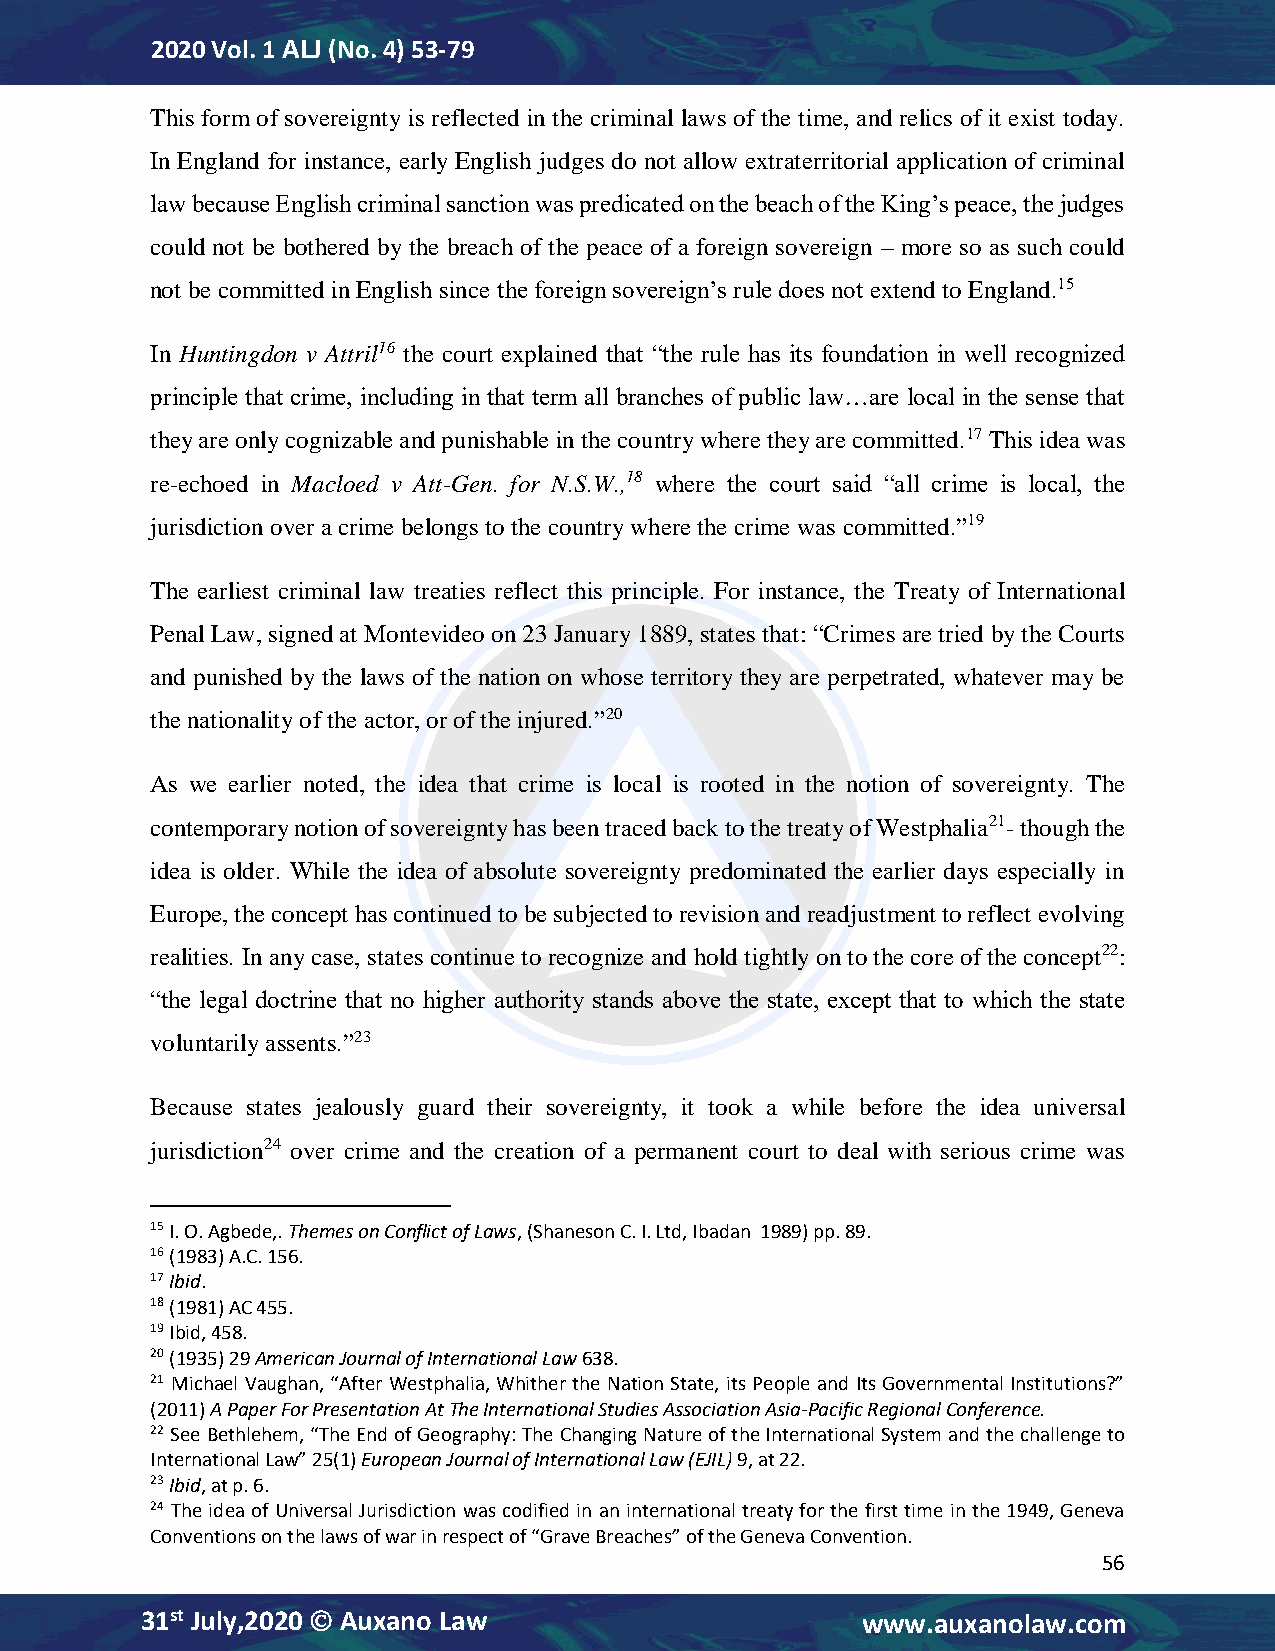
2020 Vol. 1 ALJ (No. 4) 53-79
 This form of sovereignty is reflected in the criminal laws of the time, and relics of it exist today.
 In England for instance, early English judges do not allow extraterritorial application of criminal
 law because English criminal sanction was predicated on the beach of the King’s peace, the judges
 could not be bothered by the breach of the peace of a foreign sovereign – more so as such could
 not be committed in English since the foreign sovereign’s rule does not extend to England.15
 In Huntingdon v Attril16 the court explained that “the rule has its foundation in well recognized
 principle that crime, including in that term all branches of public law…are local in the sense that
 they are only cognizable and punishable in the country where they are committed.17 This idea was
 re-echoed in Macloed v Att-Gen. for N.S.W.,18 where the court said “all crime is local, the
 jurisdiction over a crime belongs to the country where the crime was committed.”19
 The earliest criminal law treaties reflect this principle. For instance, the Treaty of International
 Penal Law, signed at Montevideo on 23 January 1889, states that: “Crimes are tried by the Courts
 and punished by the laws of the nation on whose territory they are perpetrated, whatever may be
 the nationality of the actor, or of the injured.”20
 As we earlier noted, the idea that crime is local is rooted in the notion of sovereignty. The
 contemporary notion of sovereignty has been traced back to the treaty of Westphalia21- though the
 idea is older. While the idea of absolute sovereignty predominated the earlier days especially in
 Europe, the concept has continued to be subjected to revision and readjustment to reflect evolving
 realities. In any case, states continue to recognize and hold tightly on to the core of the concept22:
 “the legal doctrine that no higher authority stands above the state, except that to which the state
 voluntarily assents.”23
 Because states jealously guard their sovereignty, it took a while before the idea universal
 jurisdiction24 over crime and the creation of a permanent court to deal with serious crime was
 15 I. O. Agbede,. Themes on Conflict of Laws, (Shaneson C. I. Ltd, Ibadan 1989) pp. 89.
 16 (1983) A.C. 156.
 17 Ibid.
 18 (1981) AC 455.
 19 Ibid, 458.
 20 (1935) 29 American Journal of International Law 638.
 21 Michael Vaughan, “After Westphalia, Whither the Nation State, its People and Its Governmental Institutions?”
 (2011) A Paper For Presentation At The International Studies Association Asia-Pacific Regional Conference.
 22 See Bethlehem, “The End of Geography: The Changing Nature of the International System and the challenge to
 International Law” 25(1) European Journal of International Law (EJIL) 9, at 22.
 23 Ibid, at p. 6.
 24 The idea of Universal Jurisdiction was codified in an international treaty for the first time in the 1949, Geneva
 Conventions on the laws of war in respect of “Grave Breaches” of the Geneva Convention.
 56
 31st July,2020  Auxano Law                     www.auxanolaw.com